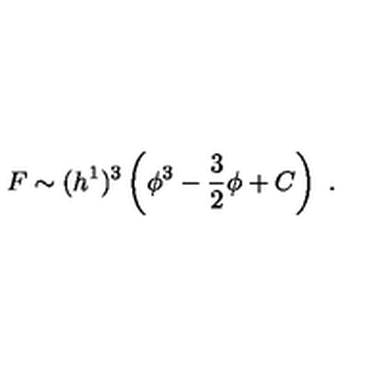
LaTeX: F \sim ( h ^ { 1 } ) ^ { 3 } \left( \phi ^ { 3 } - { \frac { 3 } { 2 } } \phi + C \right) \ .